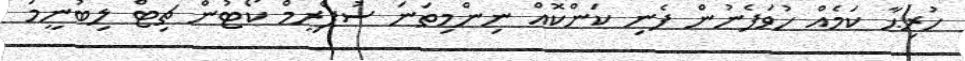
ހުރިޙާ ކަމެއް ހުވަފެނުން ފެނި ކަންކޮއް ނިންމިތަނަ ސުޕްރީމް ކޯޓުން ޗިޓް ލިބުނީމަ